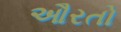
ઔરતો